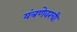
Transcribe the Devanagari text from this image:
यंत्रणेवरची